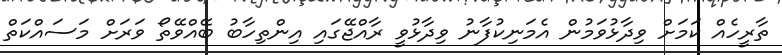
ތާރީހެއް ކަމަށް ވިދާޅުވަމުން އެމަނިކުފާނު ވިދާޅުވީ ރާއްޖޭގައި އިންތިހާބު ބޭއްވޭތޯ ވަރަށް މަސައްކަތް